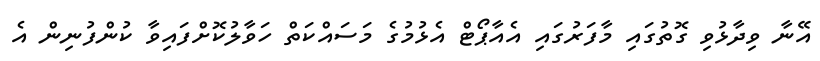
އޭނާ ވިދާޅުވި ގޮތުގައި މާފަރުގައި އެއާޕޯޓް އެޅުމުގެ މަސައްކަތް ހަވާލުކޮށްފައިވާ ކުންފުނިން އެ